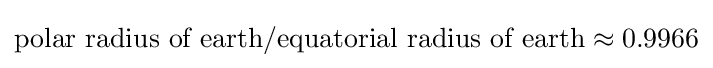
{\text{polar radius of earth/equatorial radius of earth}}\approx 0.9966